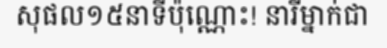
សុផល១៥នាទីប៉ុណ្ណោះ! នារីម្នាក់ជា